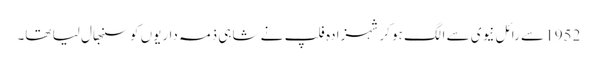
1952 سے رائل نیوی سے الگ ہو کر شہزادہ فلپ نے شاہی ذمہ داریوں کو سنبھال لیا تھا۔